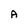
Character: A